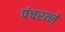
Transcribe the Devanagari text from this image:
पंचरत्‍ने